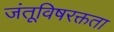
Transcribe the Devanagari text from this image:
जंतूविषरक्तता